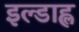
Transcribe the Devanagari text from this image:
इल्डाह्ल